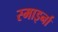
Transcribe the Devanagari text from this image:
स्माइर्ना